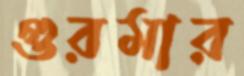
গুরমার